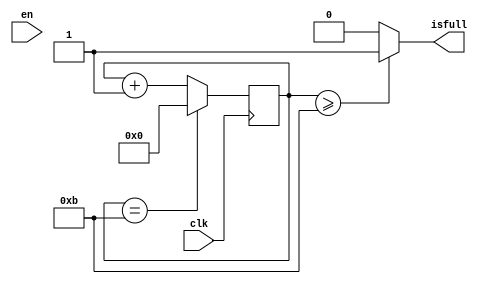
module counter_En_bo(
input clk,
input en,
output isfull
);
reg [3:0] count;
always @(posedge clk) 
	begin
		count <= count + 1;
		if(count == 11)
		count <= 0;
	end
assign isfull = (count >= 4'b1011)? 1: 0;
endmodule